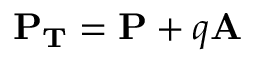
\mathbf { P _ { T } } = \mathbf { P } + q \mathbf { A }